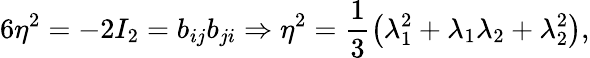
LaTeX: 6\eta^{2}=-2I_{2}=b_{ij}b_{ji}\Rightarrow\eta^{2}=\frac{1}{3}\left(\lambda_{1}^{2}+\lambda_{1}\lambda_{2}+\lambda_{2}^{2}\right),